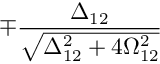
\mp \frac { \Delta _ { 1 2 } } { \sqrt { \Delta _ { 1 2 } ^ { 2 } + 4 \Omega _ { 1 2 } ^ { 2 } } }